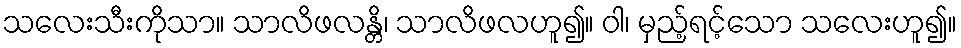
သလေးသီးကိုသာ။ သာလိဖလန္တိ၊ သာလိဖလဟူ၍။ ဝါ၊ မှည့်ရင့်သော သလေးဟူ၍။